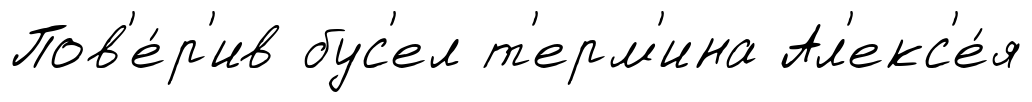
Пов'е́р'ив бус'ел т'ерм'ина Ал'екс'е́я